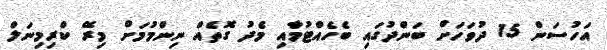
އަހުސަން 15 ދުވަހަށް ބަންދުގައި ބެހެއްޓުމާއި މެދު ގޮތެއް ނިންމުމަށް މިރޭ ކްރިމިނަލް